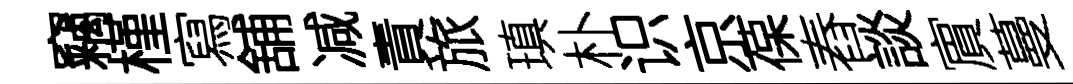
竊槿寫舖减責旅瑱朴识京葆舂談賔蔓